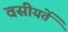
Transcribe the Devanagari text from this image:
वसीयतें